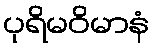
ပုရိမဝိမာနံ